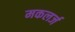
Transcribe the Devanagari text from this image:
मकलर्ज